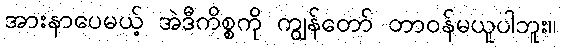
အားနာပေမယ့် အဲဒီကိစ္စကို ကျွန်တော် တာဝန်မယူပါဘူး။